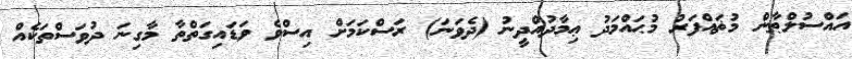
އައްސުލްޠާން މުޡައްފަރު މުޙައްމަދު ޢިމާދުއްދީނު (ދެވަނަ) ރަސްކަމަށް އިސްވެ ވަޑައިގަތްތާ މާގިނަ ދުވަސްތަކެއް